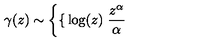
\gamma ( z ) \sim \left\{ \begin{cases} { \log ( z ) } \\ { \frac { z ^ { \alpha } } { \alpha } } \\ \end{cases} \right.